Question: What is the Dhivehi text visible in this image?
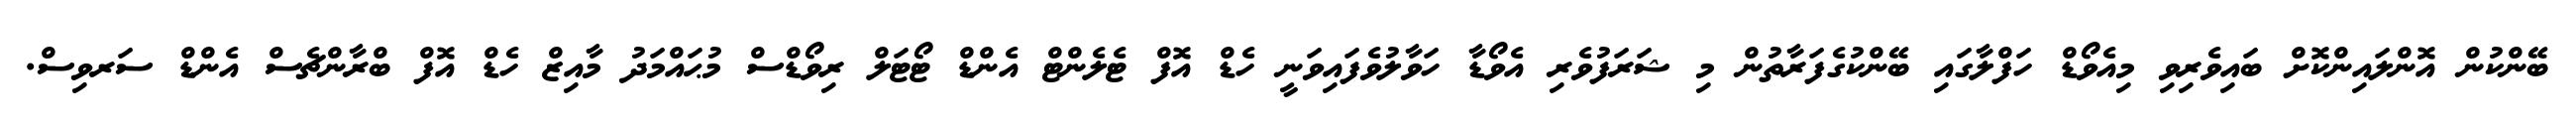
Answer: ބޭންކުން އޮންލައިންކޮށް ބައިވެރިވި މިއެވޯޑް ހަފްލާގައި ބޭންކުގެފަރާތުން މި ޝަރަފުވެރި އެވޯޑާ ހަވާލުވެފައިވަނީ ހެޑް އޮފް ޓެލެންޓް އެންޑް ޓޯޓަލް ރިވޯޑްސް މުޙައްމަދު މާއިޒް ހެޑް އޮފް ބްރާންޗެސް އެންޑް ސަރވިސް.